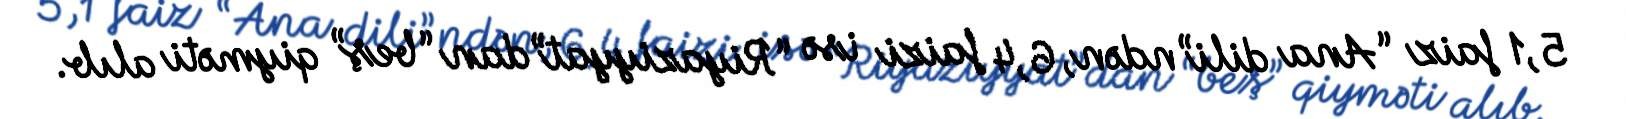
5,1 faiz “Ana dili”ndən, 6,4 faizi isə “Riyaziyyat”dan “beş” qiyməti alıb.